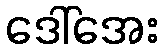
ဒေါ်အေး